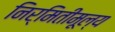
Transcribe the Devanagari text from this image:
निर्मितीमूल्य